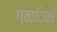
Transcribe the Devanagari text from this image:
ग्वादिकी